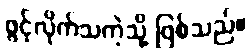
ဖွင့်လိုက်သကဲ့သို့ ဖြစ်သည်။